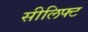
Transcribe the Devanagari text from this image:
सीलिफ्ट